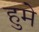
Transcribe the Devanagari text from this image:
हुमे